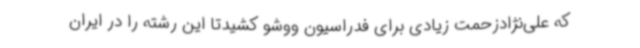
که علی‌نژادزحمت زیادی برای فدراسیون ووشو کشیدتا این رشته را در ایران